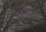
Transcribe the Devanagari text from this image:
शनशीलता